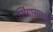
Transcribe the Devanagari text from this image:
सिंगासारखी